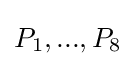
P_{1},...,P_{8}